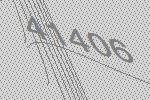
41406